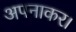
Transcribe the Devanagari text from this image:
अपनाकर।